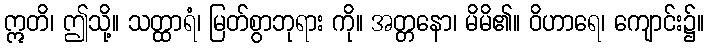
ဣတိ၊ ဤသို့။ သတ္ထာရံ၊ မြတ်စွာဘုရား ကို။ အတ္တနော၊ မိမိ၏။ ဝိဟာရေ၊ ကျောင်း၌။